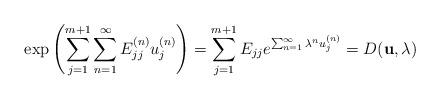
LaTeX: \begin{align*}\exp\left({\sum_{j=1}^{m+1} \sum_{n=1}^{\infty} E^{(n)}_{jj}u^{(n)}_j}\right)=\sum_{j=1}^{m+1} E_{jj} e^{\sum_{n=1}^{\infty} \lambda^{n} u^{(n)}_j}= D ({\bf u}, \lambda) \end{align*}